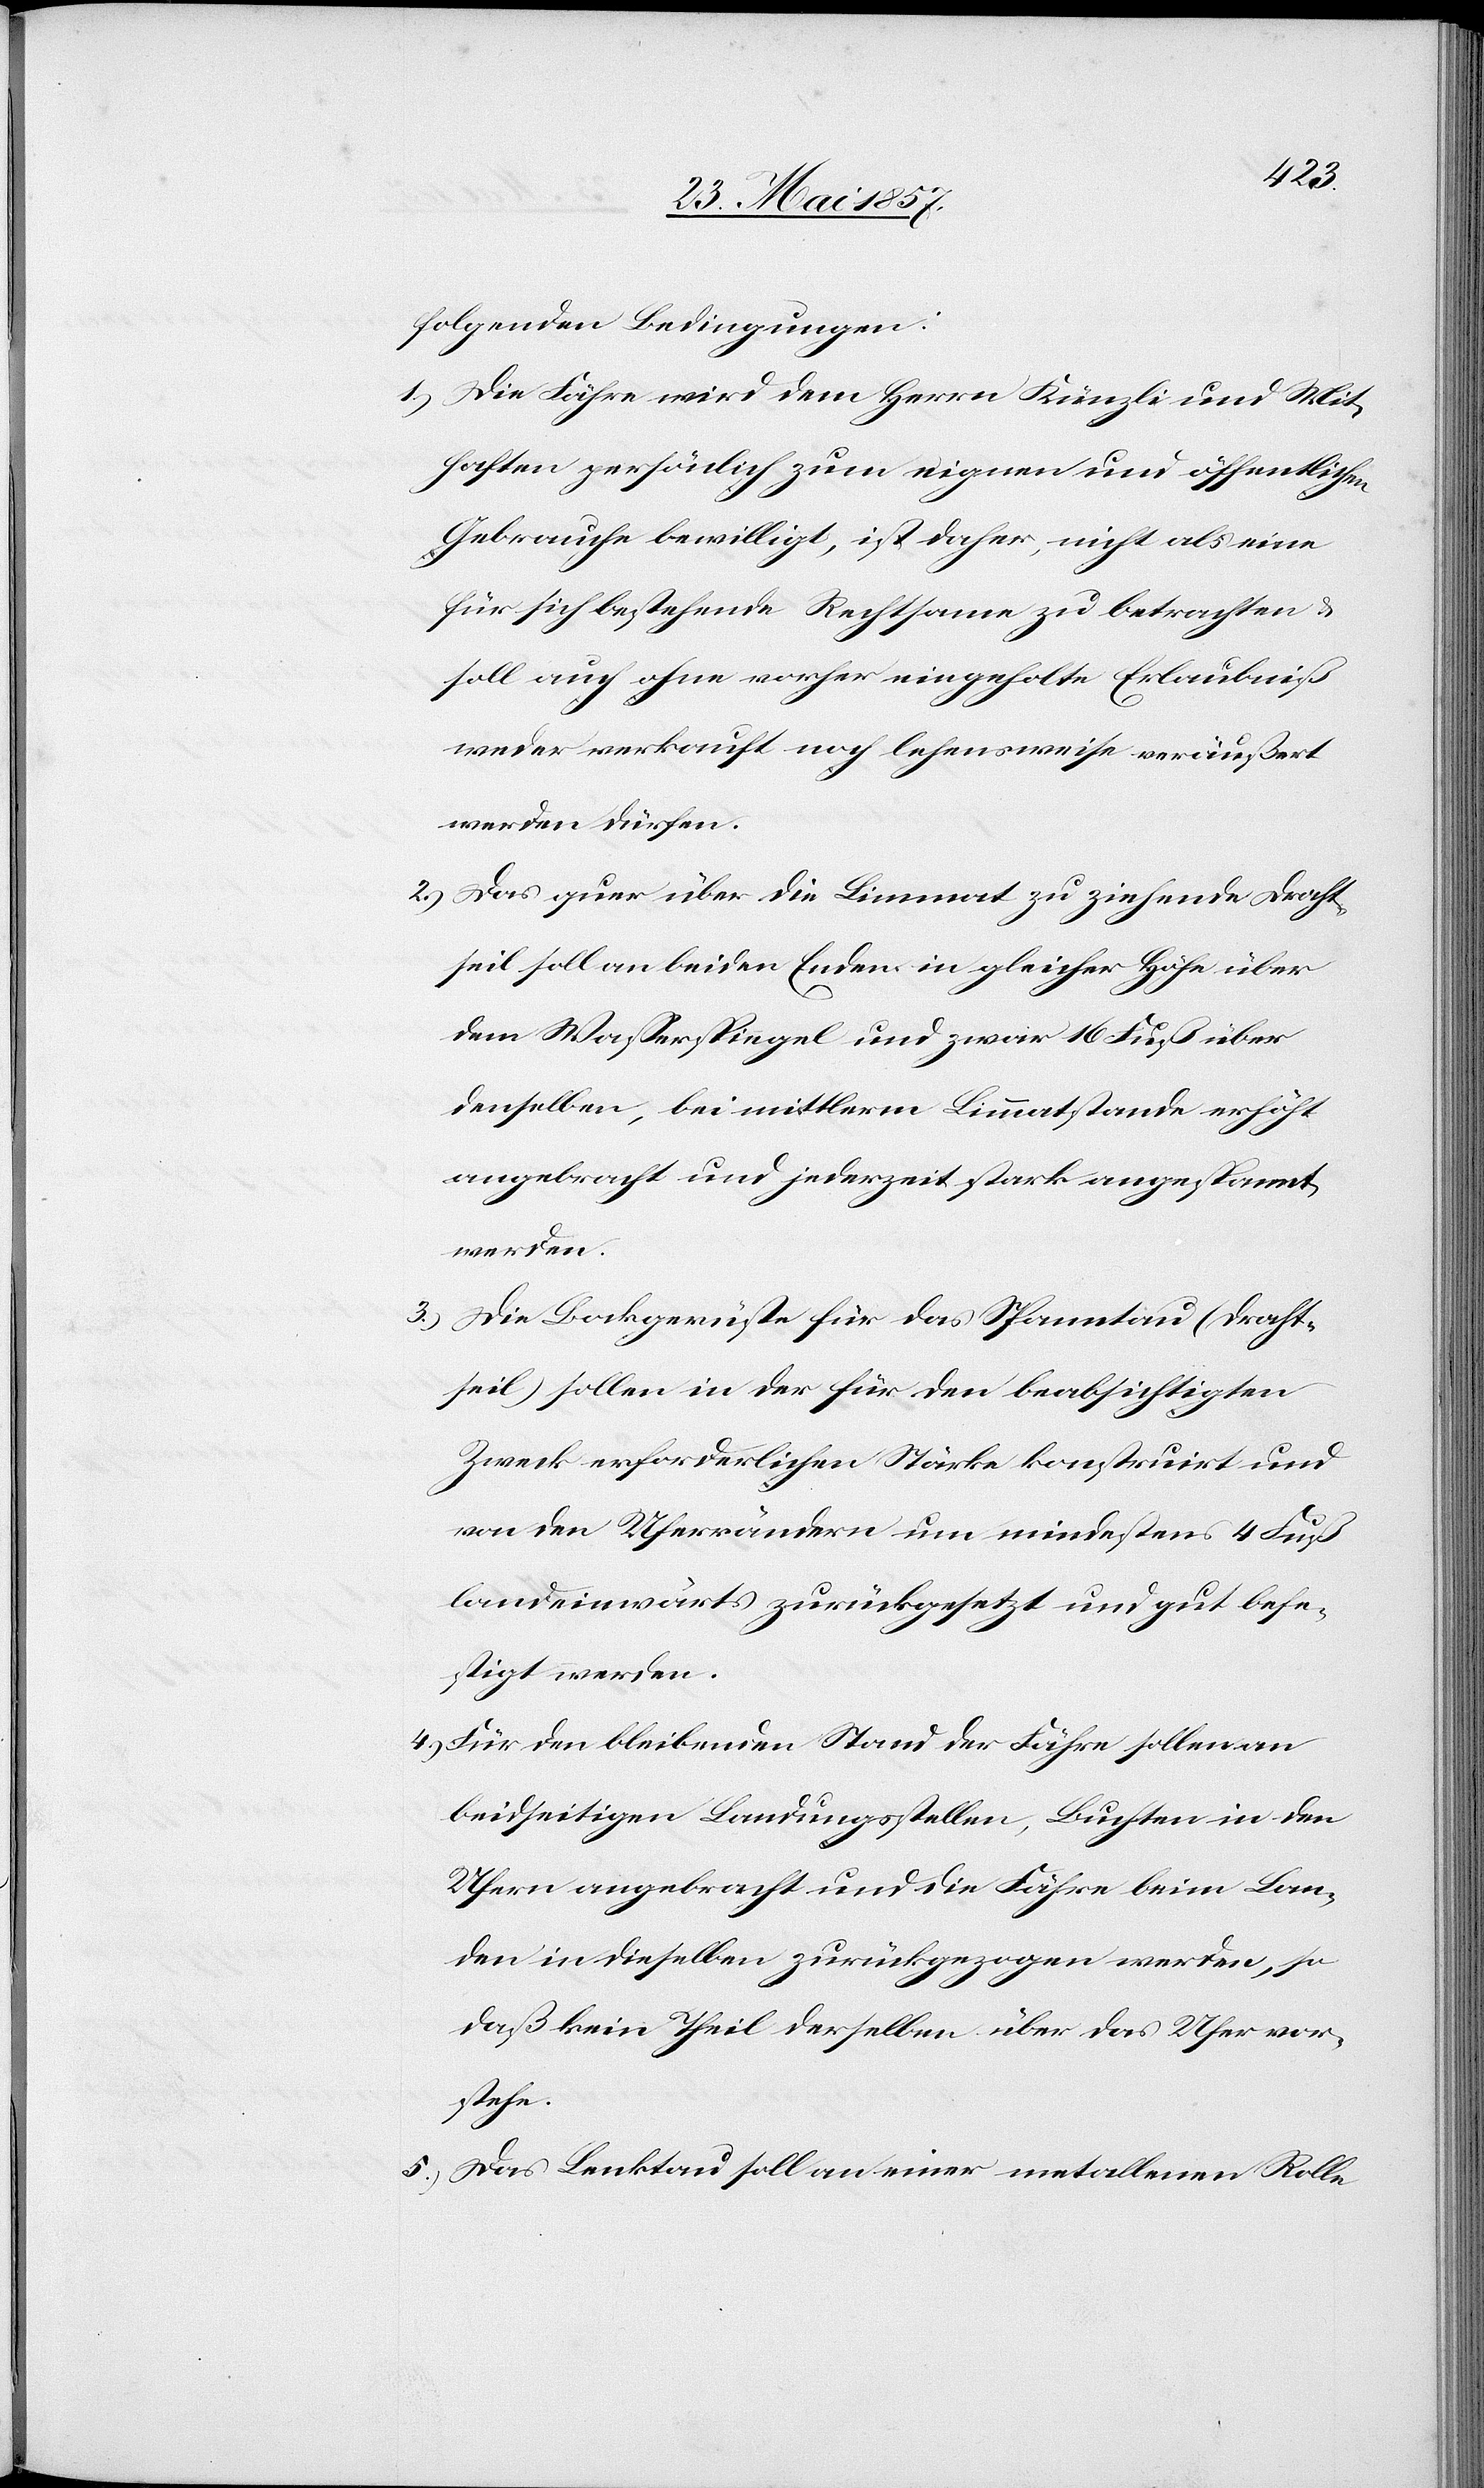
folgenden Bedingungen:
1.) Die Fähre wird dem Herrn Künzli und Mit¬
haften persönlich zum eignen und öffentlichen
Gebrauche bewilligt, ist daher, nicht als eine
für sich bestehende Rechtsame zu betrachten &
soll auch ohne vorher eingeholte Erlaubniß
weder verkauft noch lehensweise veräußert
werden dürfen.
2.) Das quer über die Limmat zu ziehende Draht¬
seil soll an beiden Enden in gleicher Höhe über
den Wasserspiegel und zwar 16 Fuß über
denselben, bei mittlerm Limmatstande erhöht
angebracht und jederzeit stark angespannt
werden.
3.) Die Bockgerüste für das Spanntau (Draht¬
seil) sollen in der für den beabsichtigten
Zweck erforderlichen Stärke konstruirt und
von den Uferrändern um mindestens 4 Fuß
landeinwärts zurückgesetzt und gut befe¬
stigt werden.
4.) Für den bleibenden Stand der Fähre sollen an
beidseitigen Landungsstellen, Buchten in den
Ufern angebracht und die Fähre beim Lan¬
den in dieselben zurückgezogen werden, so
daß kein Theil derselben über das Ufer vor¬
stehe.
5.) Das Lenktau soll an einer metallenen Rolle